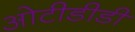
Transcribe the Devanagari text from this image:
ओटीडीडी